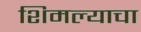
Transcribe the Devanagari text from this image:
शिमल्याचा